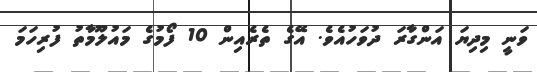
ވަނީ މިދިޔަ އަންގާރަ ދުވަހުއެވެ. އޭގެ ތެރެއިން 10 ފޯމުގެ މައުލޫމާތު ފުރިހަމަ